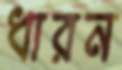
ধারন